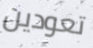
تعودين